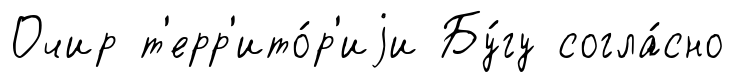
Очир т'ерр'ито́р'иjи Бу́гу согла́сно